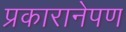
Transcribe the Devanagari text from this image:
प्रकारानेपण